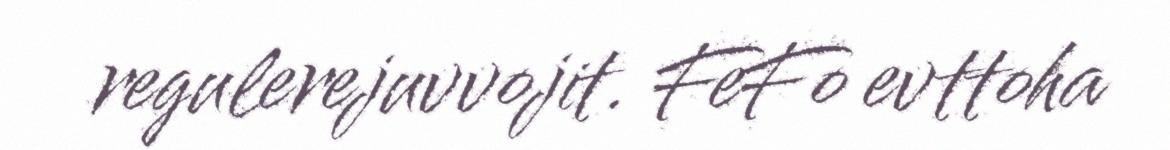
regulerejuvvojit. FeFo evttoha